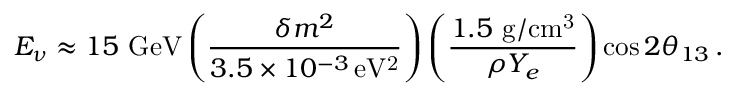
E _ { \nu } \approx 1 5 \mathrm { \ G e V } \left( \frac { \delta m ^ { 2 } } { 3 . 5 \times 1 0 ^ { - 3 } \mathrm { \, e V ^ { 2 } } } \right) \left( \frac { 1 . 5 \mathrm { \ g / c m ^ { 3 } } } { \rho Y _ { e } } \right) \cos 2 \theta _ { 1 3 } \, .